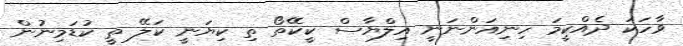
ވާހަކަ ދެއްކީމަ ހިނިއަންނަނީ އިލްޔާސް ކީކޭތޯ ތި ކިޔަނީ ކަލޭ ތީ ކުޑަމިނުން